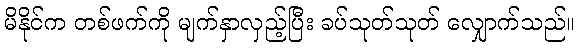
မိနိုင်က တစ်ဖက်ကို မျက်နှာလှည့်ပြီး ခပ်သုတ်သုတ် လျှောက်သည်။